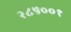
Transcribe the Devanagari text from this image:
२८५००१